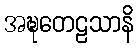
အဍ္ဎတေဠသာနိ